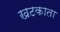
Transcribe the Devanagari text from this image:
खटकाता